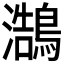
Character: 𪄣